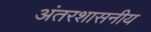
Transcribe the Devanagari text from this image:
अंतरशासनीय